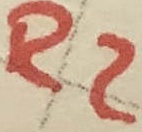
Text: R2